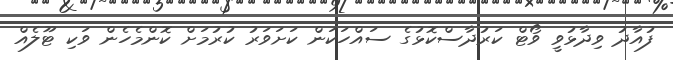
ފުއާދު ވިދާޅުވީ ވޯޓް ކަރުދާސްކޮޅުގެ ސައްހަކަން ކަށަވަރު ކުރުމަށް ކޮންމެހެން ވަކި ޓޫލެއް